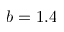
b = 1 . 4